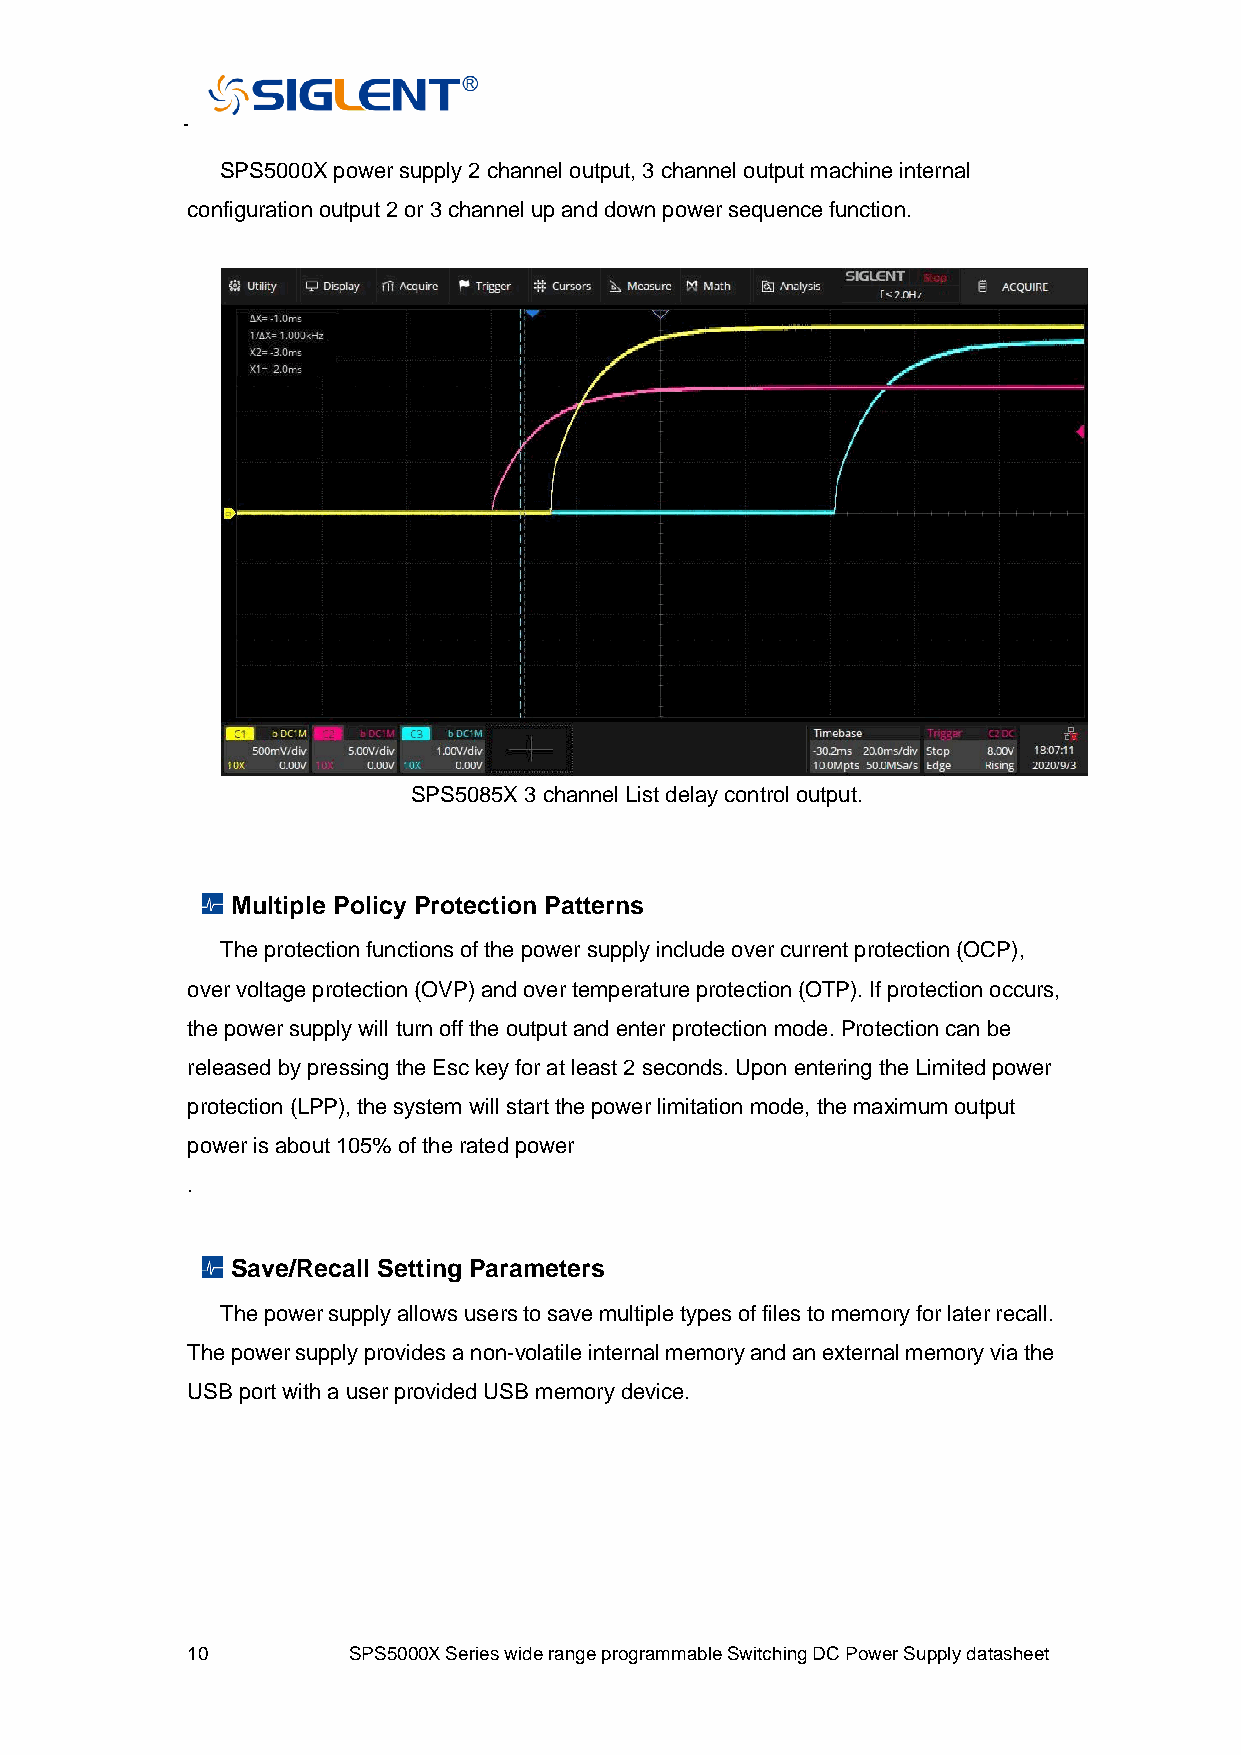
SPS5000X power supply 2 channel output, 3 channel output machine internal
 configuration output 2 or 3 channel up and down power sequence function.
 SPS5085X 3 channel List delay control output.
 Multiple Policy Protection Patterns
 The protection functions of the power supply include over current protection (OCP),
 over voltage protection (OVP) and over temperature protection (OTP). If protection occurs,
 the power supply will turn off the output and enter protection mode. Protection can be
 released by pressing the Esc key for at least 2 seconds. Upon entering the Limited power
 protection (LPP), the system will start the power limitation mode, the maximum output
 power is about 105% of the rated power
 .
 Save/Recall Setting Parameters
 The power supply allows users to save multiple types of files to memory for later recall.
 The power supply provides a non-volatile internal memory and an external memory via the
 USB port with a user provided USB memory device.
 10         SPS5000X Series wide range programmable Switching DC Power Supply datasheet